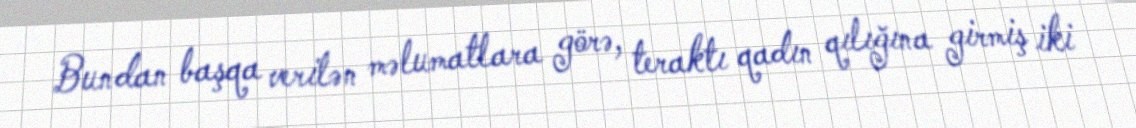
Bundan başqa verilən məlumatlara görə, teraktı qadın qılığına girmiş iki